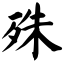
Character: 殊